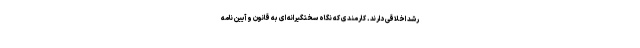
رشد اخلاقی دارند. کارمندی که نگاه سختگیرانه ای به قانون و آیین نامه